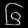
Digit: ၆